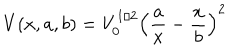
LaTeX: V ( x , a , b ) = V _ { 0 } ^ { 1 / 2 } \left( \frac { a } { x } - \frac { x } { b } \right) ^ { 2 }